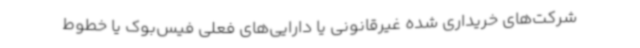
شرکت‌های خریداری شده غیرقانونی یا دارایی‌های فعلی فیس‌بوک یا خطوط